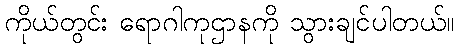
ကိုယ်တွင်း ရောဂါကုဌာနကို သွားချင်ပါတယ်။